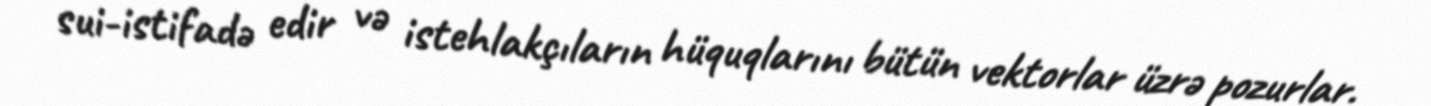
sui-istifadə edir və istehlakçıların hüquqlarını bütün vektorlar üzrə pozurlar.